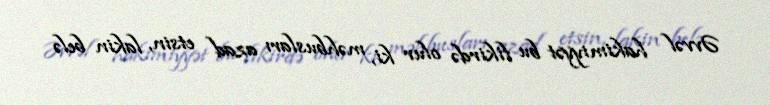
Əvvəl hakimiyyət bu fikirdə olur ki, məhbusları azad etsin, lakin belə